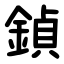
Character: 鍞